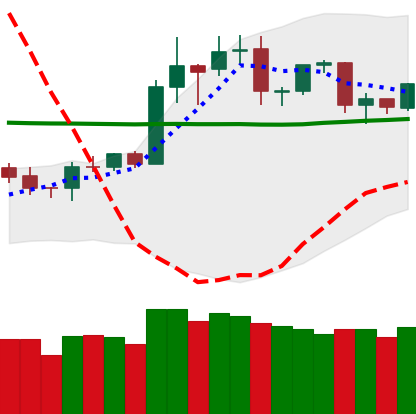
Ticker: TRX-USD
Chart end date: 2020-01-26
Forward return: 11.176%
Label: up_7plus